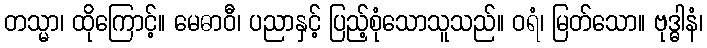
တသ္မာ၊ ထိုကြောင့်။ မေဓာဝီ၊ ပညာနှင့် ပြည့်စုံသောသူသည်။ ဝရံ၊ မြတ်သော။ ဗုဒ္ဓါနံ၊